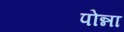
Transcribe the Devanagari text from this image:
पोन्ना